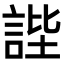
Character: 𧧺